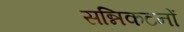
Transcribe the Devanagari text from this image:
सन्निकटनों